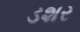
ડશર